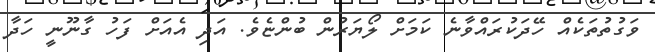
ވަގުތުތަކެއް ހޭދަކުރައްވާނެ ކަމަށް ލޯޔަރުން ބުންޏެވެ. އަދި އެއަށް ފަހު ގާނޫނީ ހަދާ